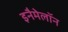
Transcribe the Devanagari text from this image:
इनैमेलॉन